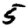
Digit: 5